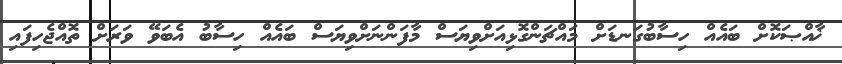
ޚާއްޞަކޮށް ބައެއް ހިސާބުގަނޑަށް މައްޗަންގޮޅިއަށްވިޔަސް މާފަންނަށްވިޔަސް ބައެއް ހިސާބު އެބަވޭ ވަރަށް ތޮއްޖެހިފައި